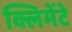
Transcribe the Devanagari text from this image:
क्लिमेंटे